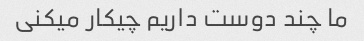
ما چند دوست داریم چیکار میکنی